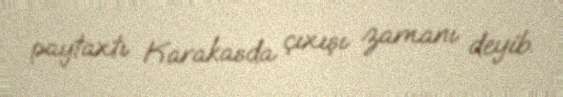
paytaxtı Karakasda çıxışı zamanı deyib.